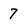
Character: 7